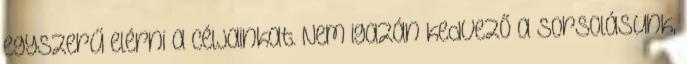
egyszerű elérni a céljainkat. Nem igazán kedvező a sorsolásunk,